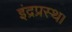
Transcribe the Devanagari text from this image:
इंद्रप्रस्थ।